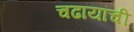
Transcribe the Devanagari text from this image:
चढायांची